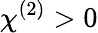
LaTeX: \chi^{(2)}>0